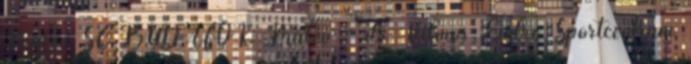
Malév SC BUDAFOK Malév - dr. Vilmos Endre Sportcentrum